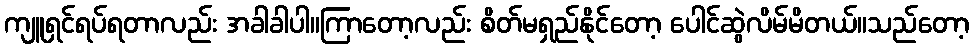
ကျူရှင်ရပ်ရတာလည်း အခါခါပါ။ကြာတော့လည်း စိတ်မရှည်နိုင်တော့ ပေါင်ဆွဲလိမ်မိတယ်။သည်တော့